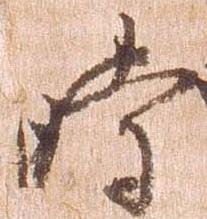
時